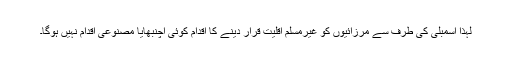
لہٰذا اسمبلی کی طرف سے مرزائیوں کو غیرمسلم اقلیت قرار دینے کا اقدام کوئی اچنبھایا مصنوعی اقدام نہیں ہوگا۔